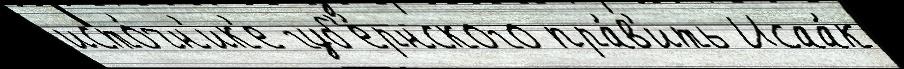
исто́чн'ик'е губ'е́рнского пра́в'ить Исаа́к